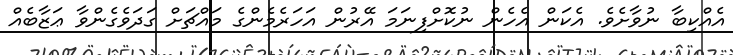
އެއްކިބާ ނުވާށެވެ. އެކަން އެހެން ނުކޮށްފިނަމަ އޭރުން އަހަރެމެންގެ މައްޗަށް ގަދަވެގެންވާ ޢަޒާބެއް